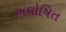
અઘોષિત